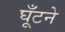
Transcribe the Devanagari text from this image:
घूँटने